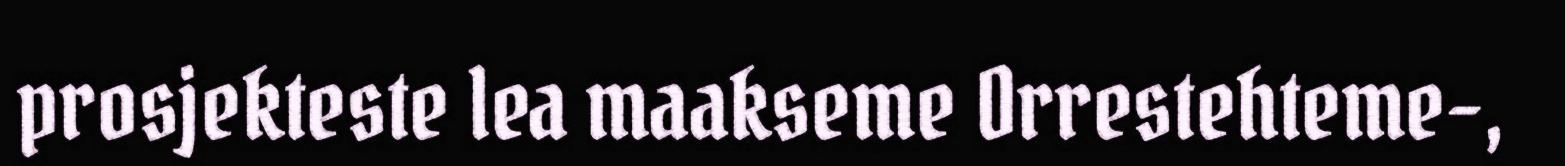
prosjekteste lea maakseme Orrestehteme-,